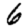
Digit: 6